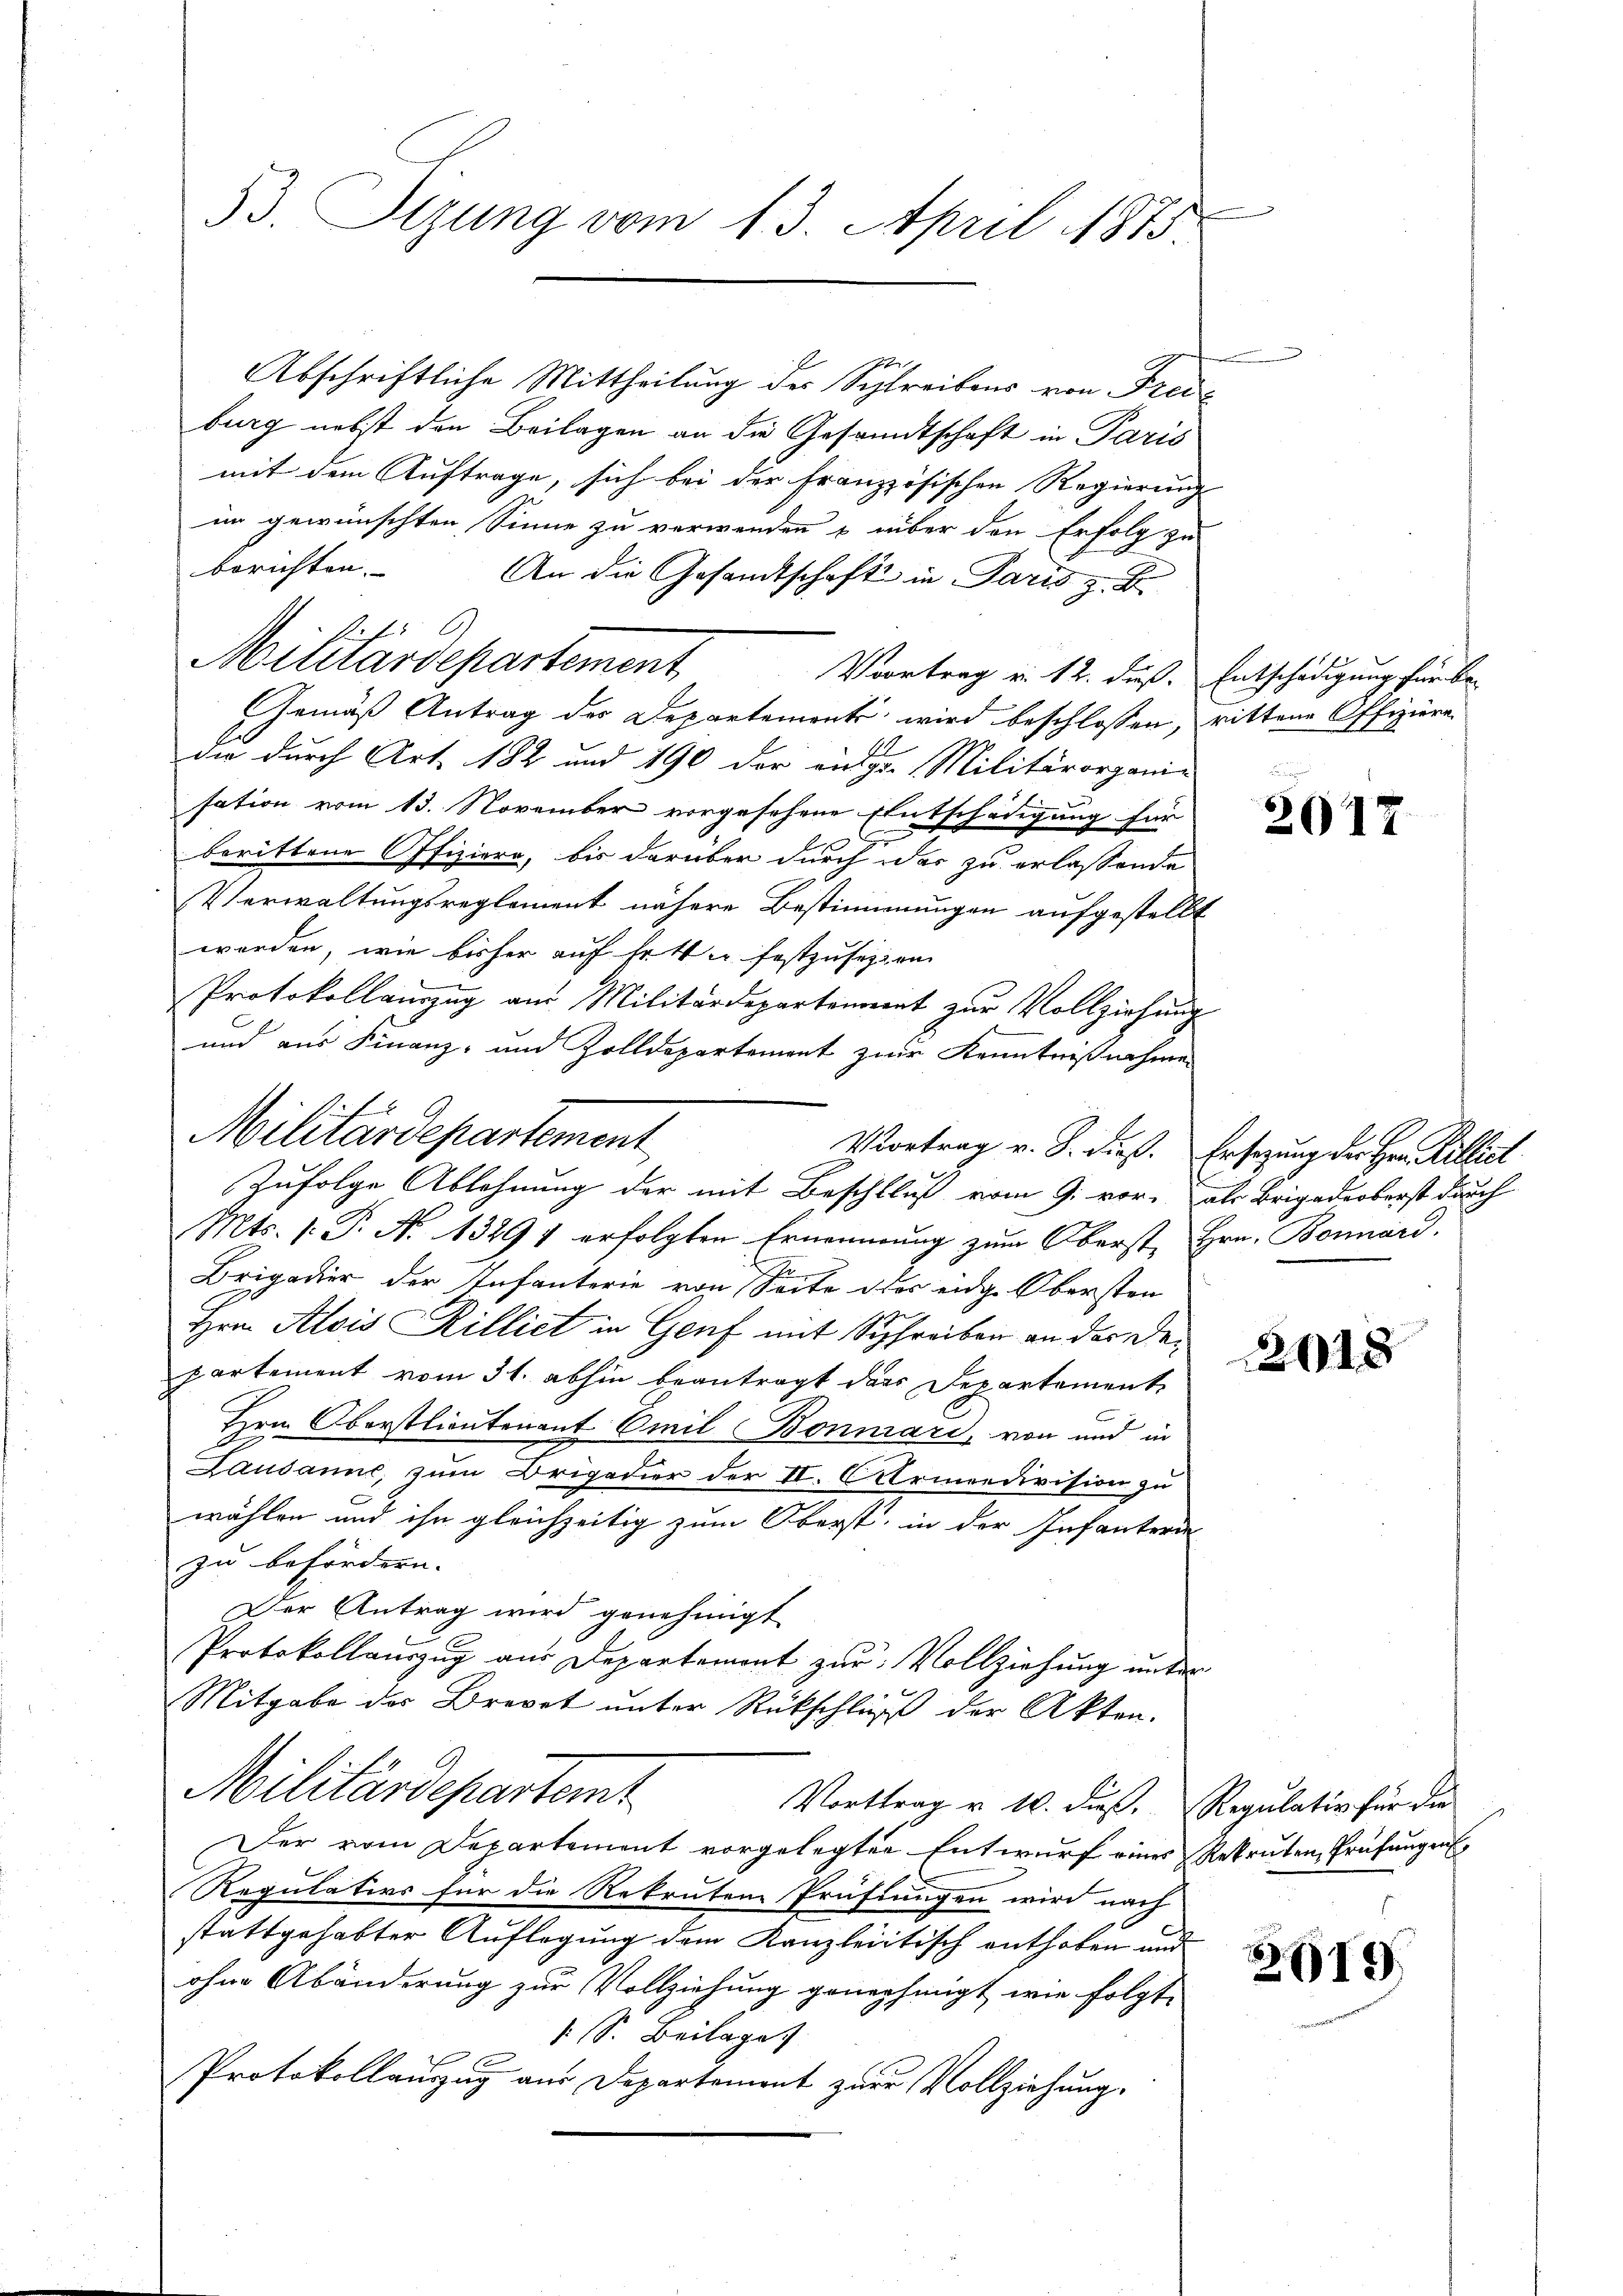
53. Sizung vom 13. April 1875

Abschriftliche Mittheilung des Schreibens von Frei-
burg nebst den Beilagen an die Gesandtschaft in Paris
mit dem Auftrage, sich bei der französischen Regierung
im gewünschten Sinne zu verwenden & über den Erfolg zu
berichten.
An die Gesandtschaft in Paris z. B.
Ref
Mitirardepartement
Vvortrag v. 12. dieß. Entschädigung für bei
Gemäß Antrag der Departements wird beschlossen, rittene Offiziere
die durch Art. 182 und 190 der ange. Militärorgani-
sation vom 13. November vorgesehene Entschädigung für
berittene Offiziere, bis darüber durch das zu erlassende
Verwaltungsreglement nähere Bestimmungen aufgestellt
worden, wie bisher auf hett u festzusetzen
Protokollauszug aus Militärdepartement zur Vollziehung
und aus Finanz- und Zolldepartement zur Kenntnißnahme
Vortrag v. J. dieß. Ersezung der Hrn. Rillit
Zufolge Ablehnung der mit Beschluß vom 9. vor, als Brigadeoberst durch
Mts. 1. P. No. 13291 erfolgten Ernennung zum Oberst, Hrn. Bernard.
Brigadier der Infanterie von Seite des eidge Obersten
Hrn. Alois Rilliet in Genf mit Schreiben an der Departement vom 31. abhin beantragt das Departement
t
Hrn. Oberstlieutenant Emil Bonnárd, von und in
Lausanne, zum Drigadier der II. Armeedivision zu
wählen und ihn gleichzeitig zum Oberst, in der Infanterd
zu befördern.
Der Antrag wird genehmigt
Protokollauszug aus Departement zur Vollziehung unter
Mitgabe des Brevet unter Rückschluß der Akten.
Militärdepartemt
Vorttrag u. 10. dieß. Regulativ für die
Der vom Departement vorgelegten Entwurf eines Rekruten Prüfungen
Regulativs für die Rekruten Prüfungen wird nach
stattgehabter Auflegung dem Kanzleiitisch enthoben und
ohne Abänderung zur Vollziehung genehmigt, wie folgt,
1 S. Beilage
Protokollauszug aus Departement zur Vollziehung.

Militärdepartement

2017

2018

2619.